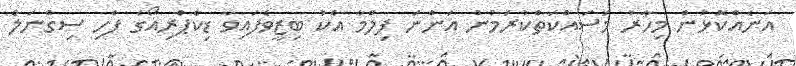
އަނެއްކޮޅުން މިހާރު މަސައްކަތްކުރަމުން އަންނަ ފިލްމާ އެކު ބިޒީވެފައިވާ ޑިކެޕްރިއޯގެ ފެހި ސިގްނަލް